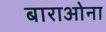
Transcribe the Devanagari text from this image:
बाराओना